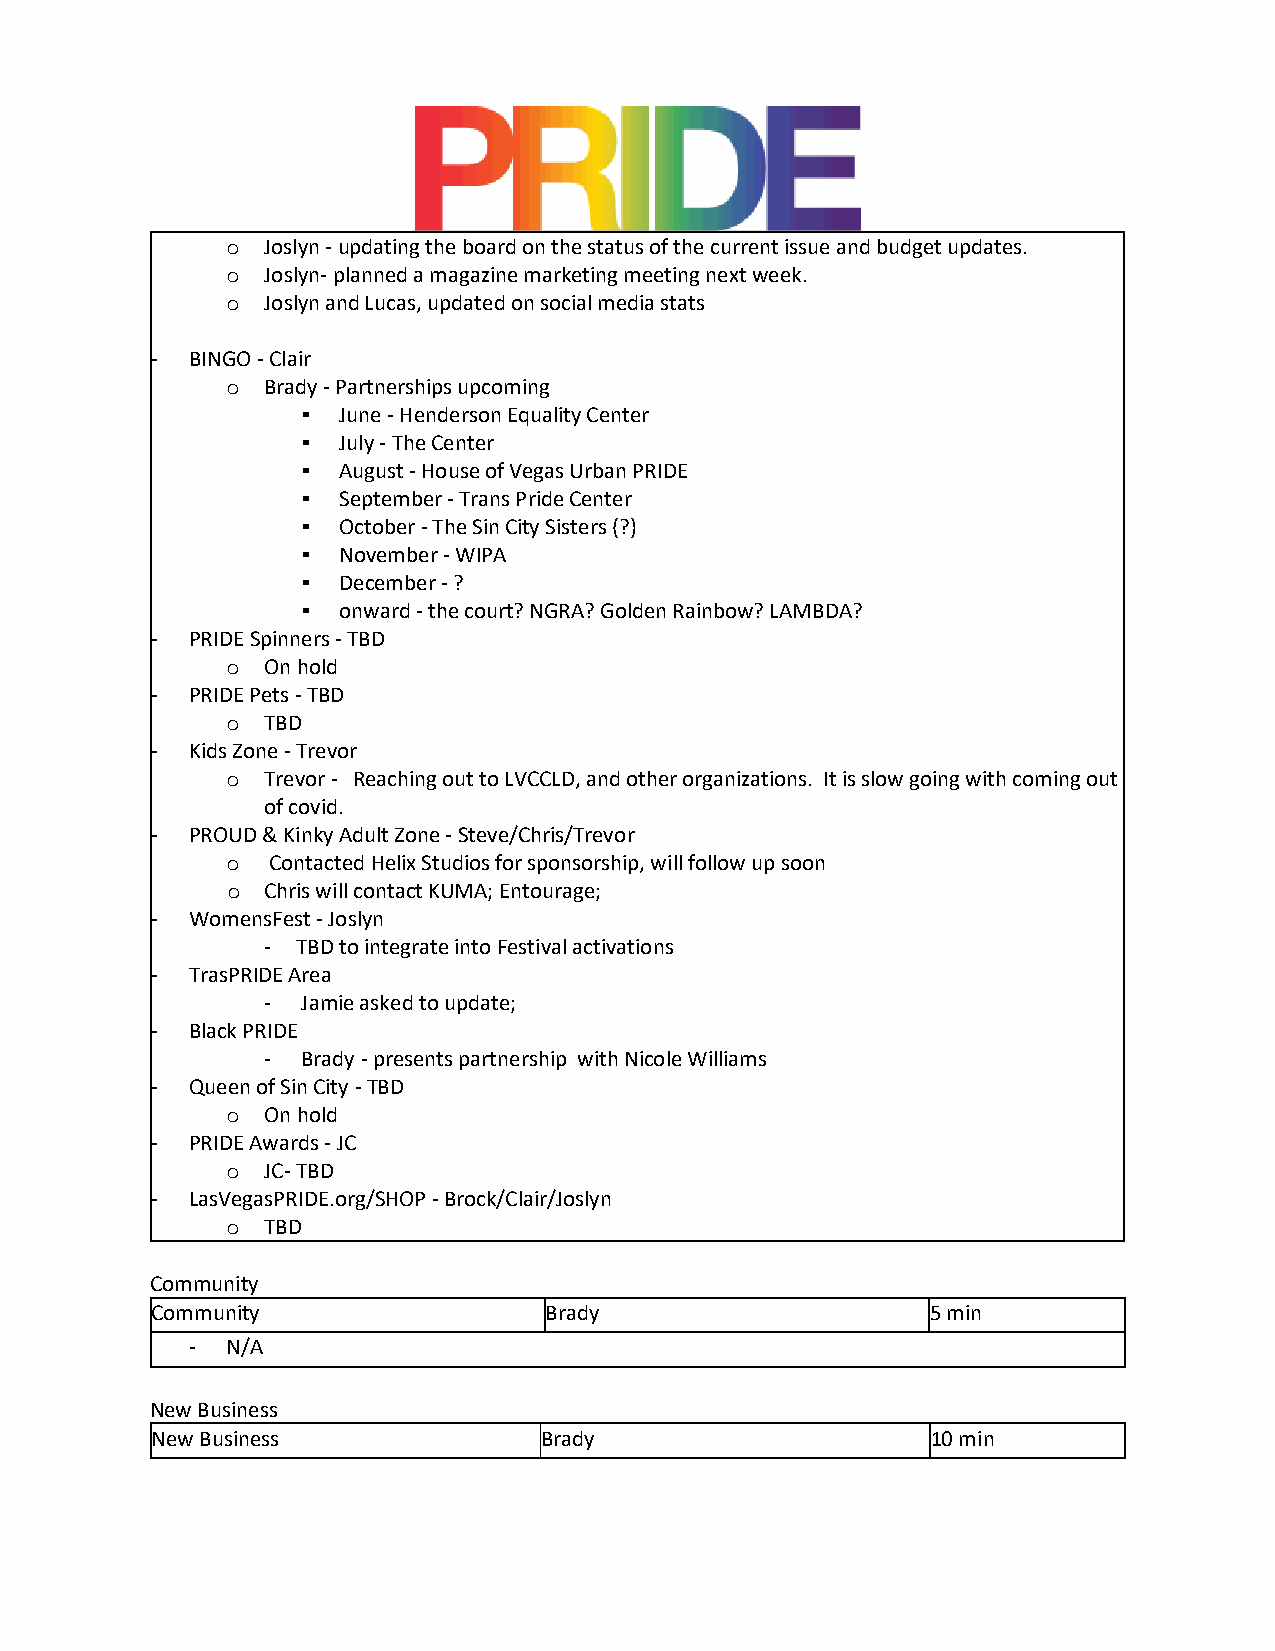
Joslyn - updating the board on the status of the current issue and budget updates.
 o
 Joslyn- planned a magazine marketing meeting next week.
 o
 Joslyn and Lucas, updated on social media stats
 o
 -  BINGO - Clair
 Brady - Partnerships upcoming
 o
 ▪ June - Henderson Equality Center
 ▪ July - The Center
 ▪ August - House of Vegas Urban PRIDE
 ▪ September - Trans Pride Center
 ▪ October - The Sin City Sisters (?)
 ▪ November - WIPA
 ▪ December - ?
 ▪ onward - the court? NGRA? Golden Rainbow? LAMBDA?
 -  PRIDE Spinners - TBD
 On hold
 o
 -  PRIDE Pets - TBD
 TBD
 o
 -  Kids Zone - Trevor
 Trevor - Reaching out to LVCCLD, and other organizations. It is slow going with coming out
 o
 of covid.
 -  PROUD & Kinky Adult Zone - Steve/Chris/Trevor
 Contacted Helix Studios for sponsorship, will follow up soon
 o
 Chris will contact KUMA; Entourage;
 o
 -  WomensFest - Joslyn
 -  TBD to integrate into Festival activations
 -  TrasPRIDE Area
 -  Jamie asked to update;
 -  Black PRIDE
 -  Brady - presents partnership with Nicole Williams
 -  Queen of Sin City - TBD
 On hold
 o
 -  PRIDE Awards - JC
 JC- TBD
 o
 -  LasVegasPRIDE.org/SHOP - Brock/Clair/Joslyn
 TBD
 o
 Community
 Community                 Brady                     5 min
 - N/A
 New Business
 New Business              Brady                     10 min